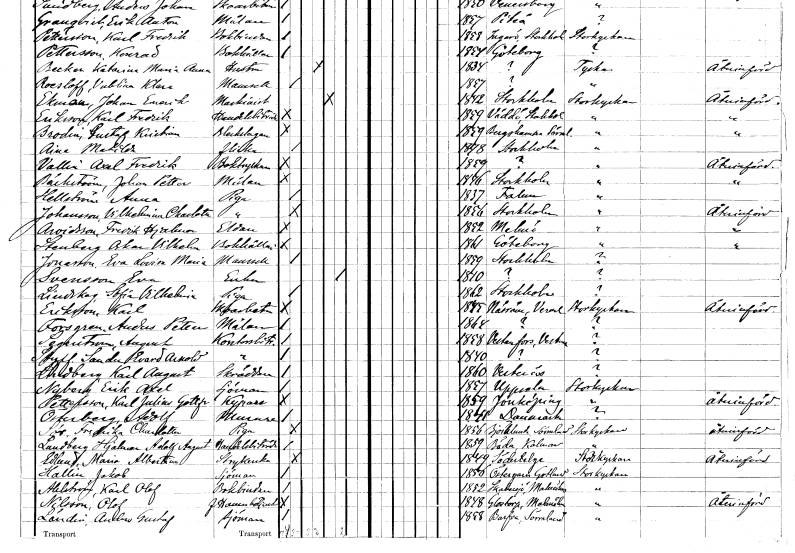
gt_parse: households: individuals: FN: Aina Matilda
KON: K
CIV: O
FODAR: 1878
FODFORS: Stockholm
FN: Axel Fredrik
EN: Vallin
YRKE: Boktryckare
KON: M
CIV: O
FODAR: 1859
FN: Johan Petter
EN: Bäckström
YRKE: Målare
KON: M
CIV: O
FODAR: 1846
FODFORS: Stockholm
FN: Anna
EN: Hellström
YRKE: Piga
KON: K
CIV: O
FODAR: 1837
FODFORS: Falun Kopparbergs län
FN: Vilhelmina Charlotta
EN: Johansson
YRKE: Piga
KON: K
CIV: O
FODAR: 1856
FODFORS: Stockholm
FN: Fredrik Hjalmar
EN: Arvidsson
YRKE: Eldare
KON: M
CIV: O
FODAR: 1852
FODFORS: Malmö Malmöhus län
FN: Oskar Vilhelm
EN: Stenberg
YRKE: Bokhållare
KON: M
CIV: O
FODAR: 1861
FODFORS: Göteborg Göteborgs- och Bohuslän
FN: Eva Lovisa Maria
EN: Jonsson
KON: K
CIV: O
FODAR: 1859
FODFORS: Stockholm
FN: Eva
EN: Svensson
YRKE: Änka
KON: K
CIV: E
FODAR: 1840
FN: Sofia Vilhelmina
EN: Lindskog
YRKE: Piga
KON: K
CIV: O
FODAR: 1862
FODFORS: Stockholm
FN: Karl
EN: Eriksson
YRKE: Skoarbetare
KON: M
CIV: O
FODAR: 1845
FODFORS: Näsräm Värmlands län
FN: Anders Petter
EN: Forsgren
YRKE: Målare
KON: M
CIV: O
FODAR: 1864
FN: August
EN: Segerström
YRKE: Kontorsbiträde
KON: M
CIV: O
FODAR: 1858
FODFORS: Västanfors Västmanlands län
FN: Edvard Arnold
EN: Stuff Sander
YRKE: Kontorsbiträde
KON: M
CIV: O
FODAR: 1840
FN: Karl August
EN: Lindberg
YRKE: Skräddare
KON: M
CIV: O
FODAR: 1860
FODFORS: Västerås Västmanlands län
FN: Erik Axel
EN: Nyberg
YRKE: Sjöman
KON: M
CIV: O
FODAR: 1857
FODFORS: Uppsala Uppsala län
FN: Karl Julius Gustaf
EN: Pettersson
YRKE: Kypare
KON: M
CIV: O
FODAR: 1859
FODFORS: Jönköping Jönköpings län
FN: Adolf
EN: Österberg
YRKE: Murare
KON: M
CIV: O
FODAR: 1841
FN: Fredrika Charlotta
EN: Sör
YRKE: Piga
KON: K
CIV: O
FODAR: 1856
FODFORS: Björnlunda Södermanlands län
FN: Hjalmar Adolf August
EN: Landberg
YRKE: Handelsbiträde
KON: M
CIV: O
FODAR: 1859
FODFORS: Böda Kalmar län
FN: Maria Albertina
EN: Edlund
YRKE: Strykerska
KON: K
CIV: O
FODAR: 1849
FODFORS: Södertälje Stockholms län
FN: Jakob
EN: Hallin
YRKE: Sjöman
KON: M
CIV: O
FODAR: 1856
FODFORS: Östergarn Gotlands län
FN: Karl Olof
EN: Ahlström
YRKE: Bokbindare
KON: M
CIV: O
FODAR: 1852
FODFORS: Skabersjö Malmöhus län
FN: Olof
EN: Nilsson
YRKE: Hamnbetjänt f.
KON: M
CIV: O
FODAR: 1848
FODFORS: Glostorp Malmöhus län
FN: Anders Gustaf
EN: Ländin
YRKE: Sjöman
KON: M
CIV: O
FODAR: 1858
FODFORS: Barva Södermanlands län